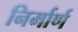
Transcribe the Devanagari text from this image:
निर्मार्ण